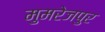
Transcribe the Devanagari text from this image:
मुमरेजपुर